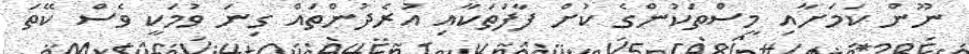
ނޫން ކަމަށާއި މީސްތަކުންގެ ކުށް ފާފަތަކާއި އުރެދުންތައް ގިނަ ވުމަކީ ވެސް ކޭތަ